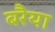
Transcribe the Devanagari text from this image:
बरैया